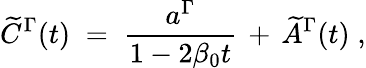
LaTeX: \widetilde{C}^{\Gamma}(t)\; =\; {\frac{a^{\Gamma}}{1-2\beta_{0}t}}\, +\, \widetilde{A}^{\Gamma}(t)\; ,